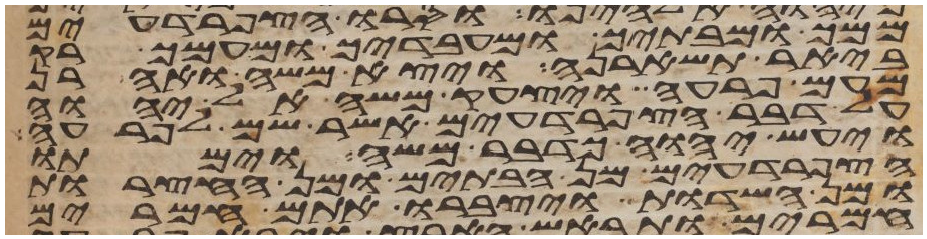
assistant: ממך ומבתיך ומעבדיך ומעמך רק
ביאר תשארנה ויצא משה ואהרן
מעם פרעה ויצעק משה אל יהוה
על דבר הצפרדעים אשר שם לפרעה
ויעש יהוה כדבר משה וימתו
הצפרדעים מן הבתים ומן החצרות
ומן השדות ויצברו אתם חמרים